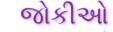
જોકીઓ